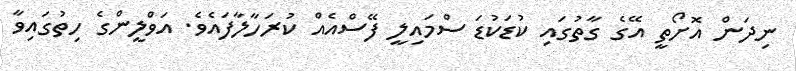
ނިދަން އޮށޯތީ އޭގެ ގާތުގައި ކުޑަކުޑަ ސްމައިލީ ފޭސްއެއް ކުރަހާލާފައެވެ. އަވްލީންގެ ހިތުގައިވާ